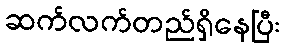
ဆက်လက်တည်ရှိနေပြီး